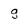
Character: g